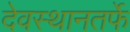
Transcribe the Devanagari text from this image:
देवस्थानतर्फे